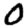
Digit: 0